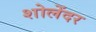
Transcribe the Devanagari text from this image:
शोलेंदर